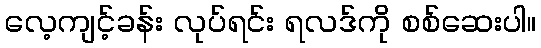
လေ့ကျင့်ခန်း လုပ်ရင်း ရလဒ်ကို စစ်ဆေးပါ။